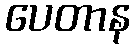
ပေတာန